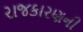
રાજકારણની